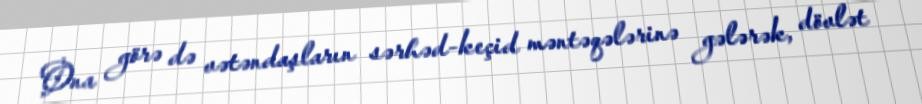
Ona görə də vətəndaşların sərhəd-keçid məntəqələrinə gələrək, dövlət